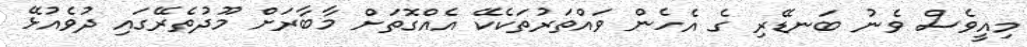
މިއީވެސް ވެނު ބަނޑޭރި ގެ އެހެން ވައްތަރުތަކެކޭ އެއްގޮތަށް މާބާރަށް މޫދުތެރޭގައި ދުވެއުޅޭ